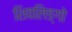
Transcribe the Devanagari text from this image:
शिवलिङ्गो